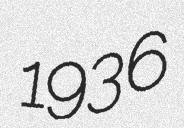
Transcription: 1936